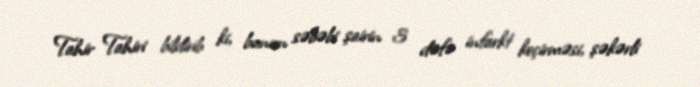
Tahir Tahiri bildirib ki, bunun səbəbi şairin 3 dəfə infarkt keçirməsi, şəkərli